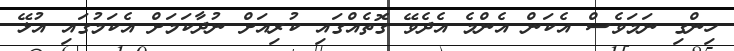
ހިންގި ނަމަވެސް އެކަން އެންމެ އެދެވޭ ގޮތެއްގައި ކުރިއަށް ނުދާކަމަށް އެކަމުގައި އުޅޭ